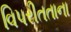
વિપરીતતાના